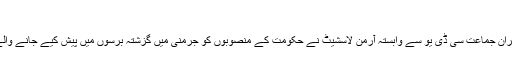
‘‘
جرمن چانسلر انگیلا میرکل کی حکمران جماعت سی ڈی یو سے وابستہ آرمِن لاسشیٹ نے حکومت کے منصوبوں کو جرمنی میں گزشتہ برسوں میں پیش کیے جانے والے بڑے منصوبوں میں شمار کیا ہے۔